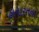
હોનારતના